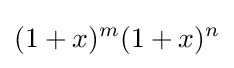
(1+x)^{m}(1+x)^{n}